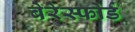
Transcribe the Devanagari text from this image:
बेरेस्फोर्ड